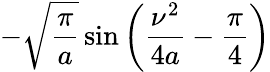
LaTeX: -{\sqrt{\frac{\pi}{a}}}\sin\left({\frac{\nu^{2}}{4a}}-{\frac{\pi}{4}}\right)